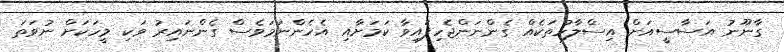
ގާނޫނު އަސާސީއަށް އިސްލާހުތަކެއް ގެންނަންޖެހިފައިވާ ކަމަށާއި އެހެންނަމަވެސް ގެންނައިރު ވަކި މީހަކަށް ނުވަތަ